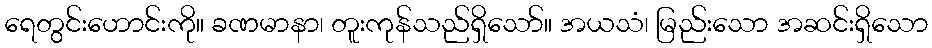
ရေတွင်းဟောင်းကို။ ခဏမာနာ၊ တူးကုန်သည်ရှိသော်။ အယသံ၊ မြည်းသော အဆင်းရှိသော